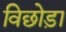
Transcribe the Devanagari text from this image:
विछोड़ा